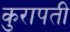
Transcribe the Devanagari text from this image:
कुरापती